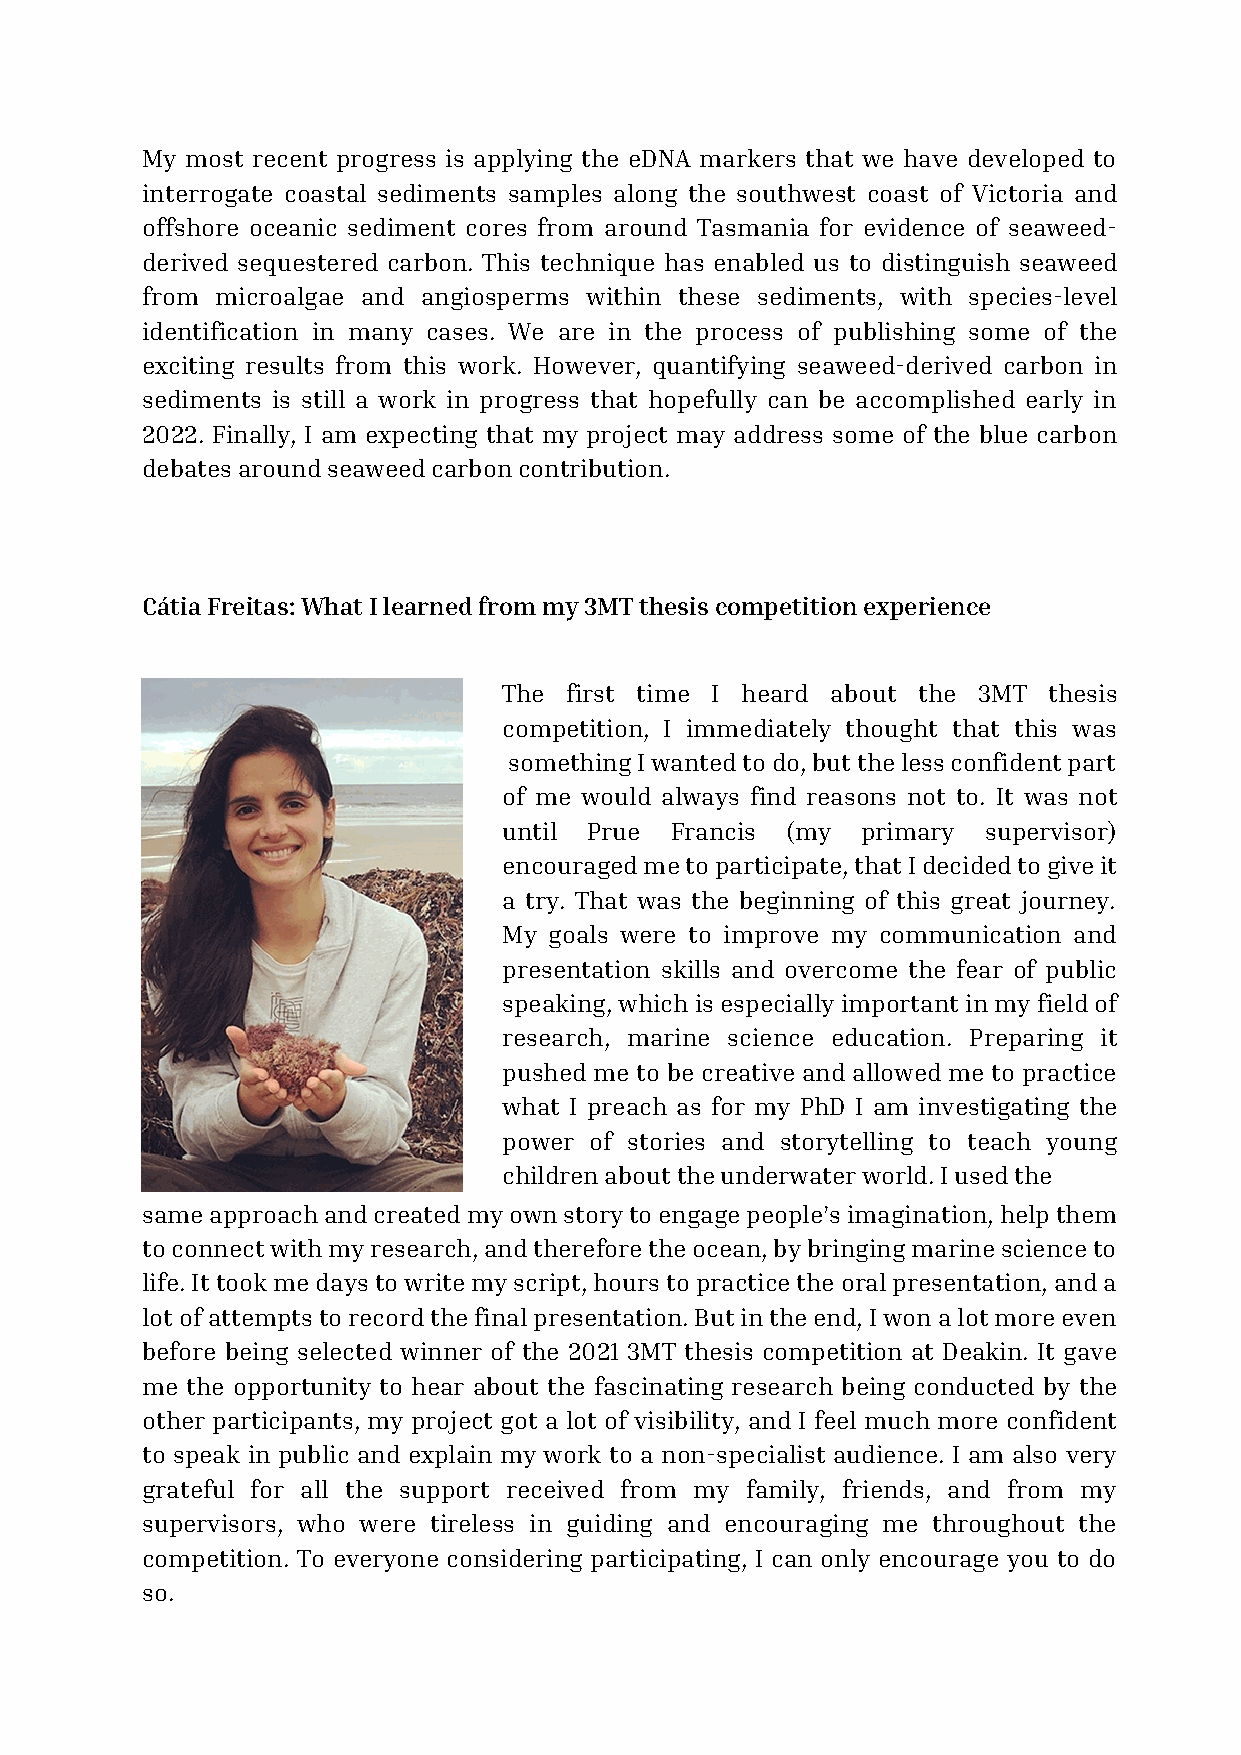
My most recent progress is applying the eDNA markers that we have developed to
 interrogate coastal sediments samples along the southwest coast of Victoria and
 offshore oceanic sediment cores from around Tasmania for evidence of seaweed-
 derived sequestered carbon. This technique has enabled us to distinguish seaweed
 from microalgae and angiosperms within these sediments, with species-level
 identification in many cases. We are in the process of publishing some of the
 exciting results from this work. However, quantifying seaweed-derived carbon in
 sediments is still a work in progress that hopefully can be accomplished early in
 2022. Finally, I am expecting that my project may address some of the blue carbon
 debates around seaweed carbon contribution.
 Cátia Freitas: What I learned from my 3MT thesis competition experience
 The first time I heard about the 3MT thesis
 competition, I immediately thought that this was
 something I wanted to do, but the less confident part
 of me would always find reasons not to. It was not
 until Prue Francis (my  primary supervisor)
 encouraged me to participate, that I decided to give it
 a try. That was the beginning of this great journey.
 My goals were to improve my communication and
 presentation skills and overcome the fear of public
 speaking, which is especially important in my field of
 research, marine science education. Preparing it
 pushed me to be creative and allowed me to practice
 what I preach as for my PhD I am investigating the
 power of stories and storytelling to teach young
 children about the underwater world. I used the
 same approach and created my own story to engage people’s imagination, help them
 to connect with my research, and therefore the ocean, by bringing marine science to
 life. It took me days to write my script, hours to practice the oral presentation, and a
 lot of attempts to record the final presentation. But in the end, I won a lot more even
 before being selected winner of the 2021 3MT thesis competition at Deakin. It gave
 me the opportunity to hear about the fascinating research being conducted by the
 other participants, my project got a lot of visibility, and I feel much more confident
 to speak in public and explain my work to a non-specialist audience. I am also very
 grateful for all the support received from my family, friends, and from my
 supervisors, who were tireless in guiding and encouraging me throughout the
 competition. To everyone considering participating, I can only encourage you to do
 so.